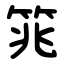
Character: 筄